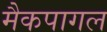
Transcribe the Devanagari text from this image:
मैकपागल